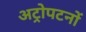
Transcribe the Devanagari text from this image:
अट्रोपटनों